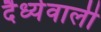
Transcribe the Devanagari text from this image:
दैर्ध्यवाली